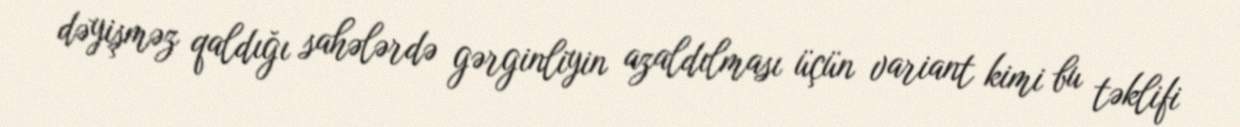
dəyişməz qaldığı sahələrdə gərginliyin azaldılması üçün variant kimi bu təklifi